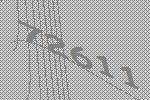
72611